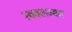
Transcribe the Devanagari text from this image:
स्ववलम्बन